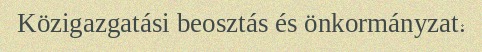
Közigazgatási beosztás és önkormányzat.